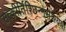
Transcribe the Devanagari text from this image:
सत्कीर्तिश्छिन्नसंशयः।।